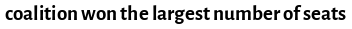
coalition won the largest number of seats